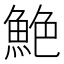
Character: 𫙙